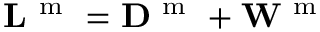
{ \bf L } ^ { \mathrm { ~ m ~ } } = { \bf D } ^ { \mathrm { ~ m ~ } } + { \bf W } ^ { \mathrm { ~ m ~ } }